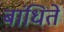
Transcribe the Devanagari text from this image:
बांधिते